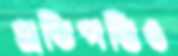
প্রতিপত্তিও